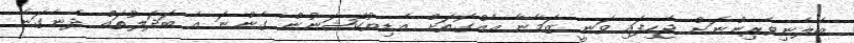
ބެލެނިވެރިންނަށް ޖެހިފައި ވަނީ ޒަމާނާ އެއްގޮތަށް އެޑިޔުކޭޝަނުން ގެންނަ އެ ބަދަލުތައް ދެނެގަނެ